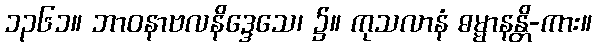
၁၃၆၁။ ဘာဝနာဗလနိဒ္ဒေသေ၊ ၌။ ကုသလာနံ ဓမ္မာနန္တိ-ကား။